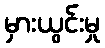
မှားယွင်းမှု